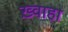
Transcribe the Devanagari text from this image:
ख़्वाहा